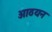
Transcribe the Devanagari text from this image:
आठयन